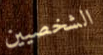
الشخصيين